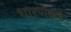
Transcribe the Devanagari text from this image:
धारणेकडे